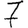
Digit: 7